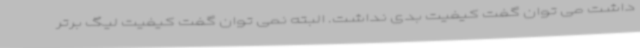
داشت می توان گفت کیفیت بدی نداشت. البته نمی توان گفت کیفیت لیگ برتر